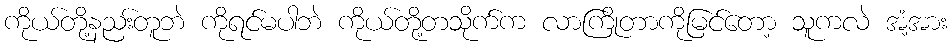
ကိုယ်တို့နညး်တူဘဲ ကိုရင်မပါဘဲ ကိုယ်တို့တသိုက်က လာကြိုတာကိုမြင်တော့ သူကလဲ အံ့အား